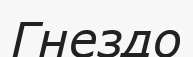
Гнездо